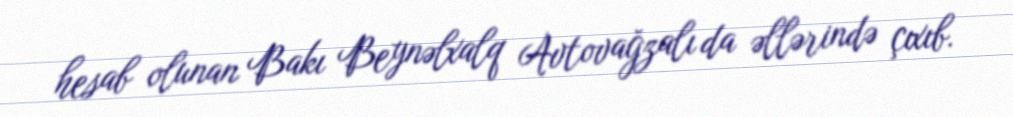
hesab olunan Bakı Beynəlxalq Avtovağzalı da əllərində çıxıb.